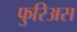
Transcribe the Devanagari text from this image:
फुरिअस